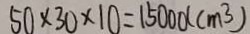
5 0 \times 3 0 \times 1 0 = 1 5 0 0 0 ( c m ^ { 3 } )